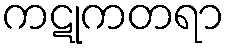
ကဋုကတရာ